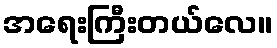
အရေးကြီးတယ်လေ။